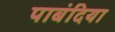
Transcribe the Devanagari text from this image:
पाबंदिया